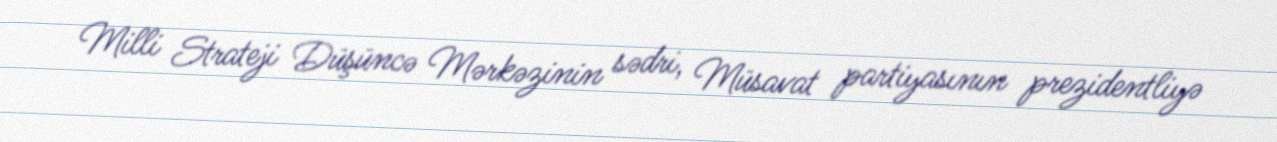
Milli Strateji Düşüncə Mərkəzinin sədri, Müsavat partiyasının prezidentliyə